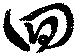
囬